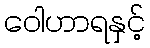
ဝေါဟာရနှင့်